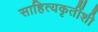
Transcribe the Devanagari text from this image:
साहित्यकृतींशी